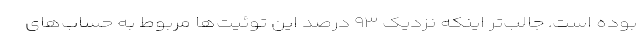
بوده است. جالب‌تر اینکه نزدیک ٩٣ درصد این توئیت‌ها مربوط به حساب‌های